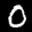
Label: 0